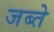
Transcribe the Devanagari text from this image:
जब्ते